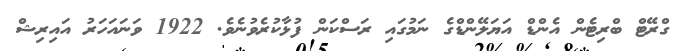
ގްރޭޓް ބްރިޓެން އެންޑް އަޔަލޭންޑްގެ ނަމުގައި ރަސްކަން ފުޅާކުރެވުނެވެ. 1922 ވަނައަހަރު އައިރިޝް